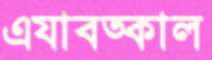
এযাবত্কাল